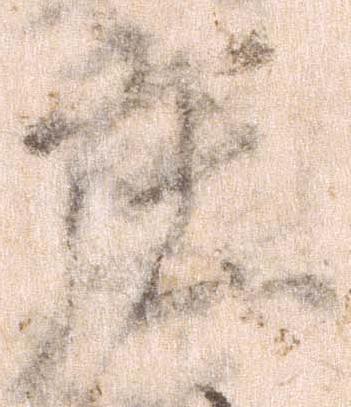
庄